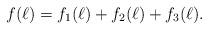
LaTeX: \begin{align*}f(\ell)=f_1(\ell)+f_2(\ell)+f_3(\ell).\end{align*}